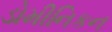
ડોમીનિકન